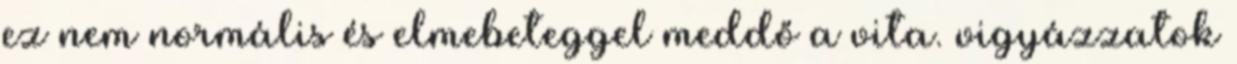
ez nem normális és elmebeteggel meddő a vita. vigyázzatok